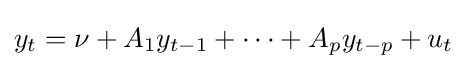
y_{t}=\nu +A_{1}y_{t-1}+\dots +A_{p}y_{t-p}+u_{t}